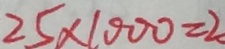
2 5 \times 1 0 0 0 = 2